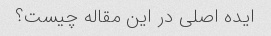
ایده اصلی در این مقاله چیست؟